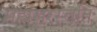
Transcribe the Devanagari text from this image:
महासरस्वति